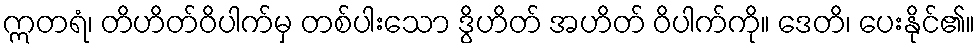
ဣတရံ၊ တိဟိတ်ဝိပါက်မှ တစ်ပါးသော ဒွိဟိတ် အဟိတ် ဝိပါက်ကို။ ဒေတိ၊ ပေးနိုင်၏။